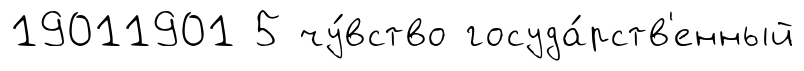
19011901 5 чу́вство госуда́рств'енный